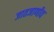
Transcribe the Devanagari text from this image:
जातजाणीव